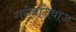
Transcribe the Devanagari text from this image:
गरीबनिवाज